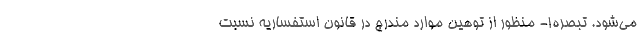
می‌شود. تبصره۱- منظور از توهین موارد مندرج در قانون استفساریه نسبت